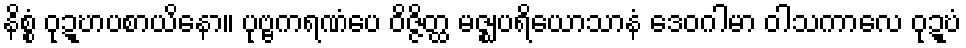
နိစ္စံ ဝုဍ္ဎာပစာယိနော။ ပုဗ္ဗကရဏံပေ ဝိဇ္ဇိတ္ထ မဇ္ဈပရိယောသာနံ ဒေဝဂါမာ ဝါသကာလေ ဝုဍ္ဎံ